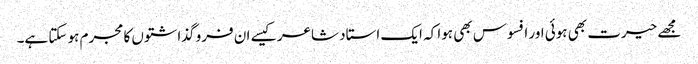
مجھے حیرت بھی ہوئی اور افسوس بھی ہوا کہ ایک استاد شاعر کیسے ان فرو گذاشتوں کا مجرم ہو سکتا ہے۔